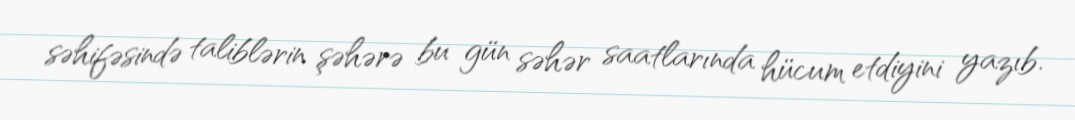
səhifəsində taliblərin şəhərə bu gün səhər saatlarında hücum etdiyini yazıb.